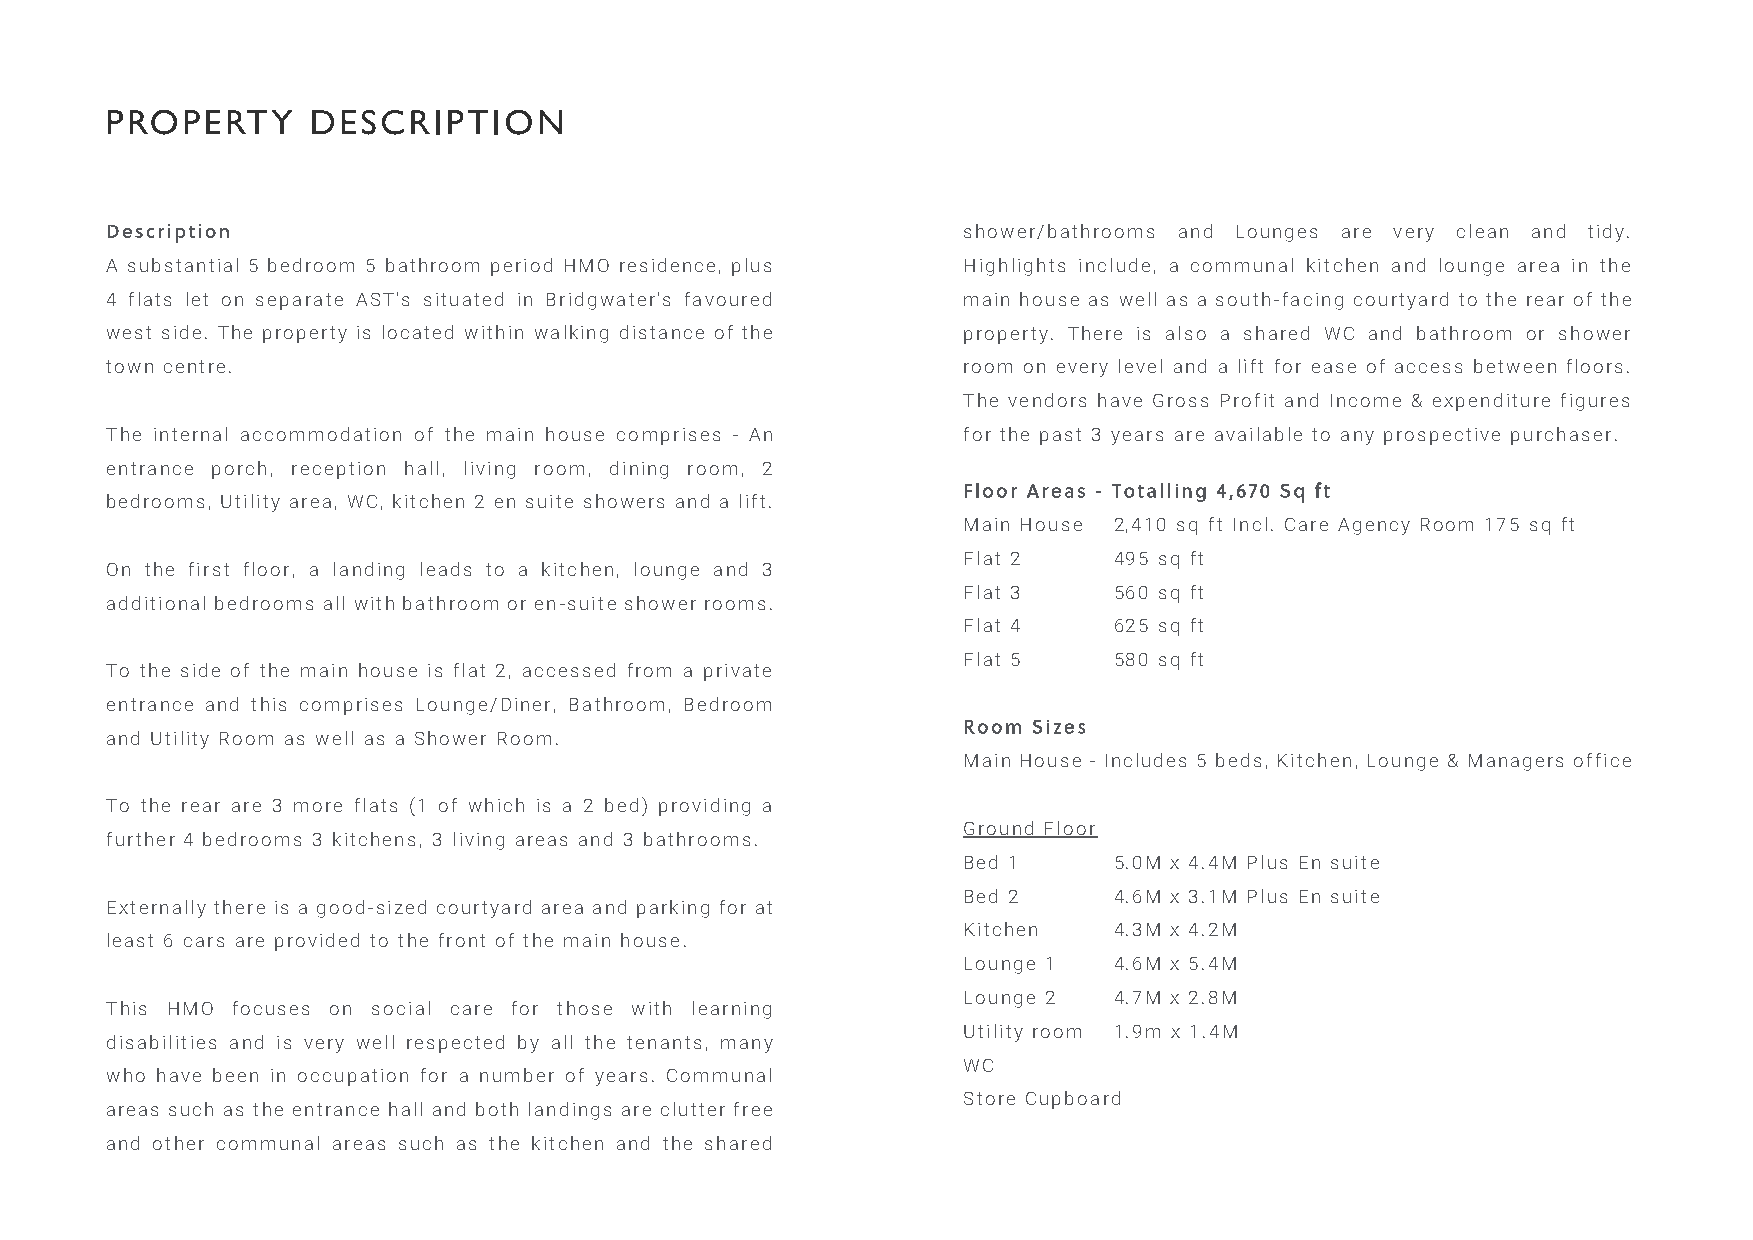
shower/bathrooms and Lounges are very clean and tidy.
 A substantial 5 bedroom 5 bathroom period HMO residence, plus Highlights include, a communal kitchen and lounge area in the
 4 flats let on separate AST's situated in Bridgwater's favoured main house as well as a south-facing courtyard to the rear of the
 west side. The property is located within walking distance of the property. There is also a shared WC and bathroom or shower
 town centre.                                             room on every level and a lift for ease of access between floors.
 The vendors have Gross Profit and Income & expenditure figures
 The internal accommodation of the main house comprises - An for the past 3 years are available to any prospective purchaser.
 entrance porch, reception hall, living room, dining room, 2
 bedrooms, Utility area, WC, kitchen 2 en suite showers and a lift.
 Main House 2,410 sq ft Incl. Care Agency Room 175 sq ft
 Flat 2    495 sq ft
 On the first floor, a landing leads to a kitchen, lounge and 3
 Flat 3    560 sq ft
 additional bedrooms all with bathroom or en-suite shower rooms.
 Flat 4    625 sq ft
 Flat 5    580 sq ft
 To the side of the main house is flat 2, accessed from a private
 entrance and this comprises Lounge/Diner, Bathroom, Bedroom
 and Utility Room as well as a Shower Room.
 Main House - Includes 5 beds, Kitchen, Lounge & Managers office
 To the rear are 3 more flats (1 of which is a 2 bed) providing a
 Ground Floor
 further 4 bedrooms 3 kitchens, 3 living areas and 3 bathrooms.
 Bed 1     5.0M x 4.4M Plus En suite
 Bed 2     4.6M x 3.1M Plus En suite
 Externally there is a good-sized courtyard area and parking for at
 Kitchen   4.3M x 4.2M
 least 6 cars are provided to the front of the main house.
 Lounge 1  4.6M x 5.4M
 Lounge 2  4.7M x 2.8M
 This HMO focuses on social care for those with learning
 Utility room 1.9m x 1.4M
 disabilities and is very well respected by all the tenants, many
 WC
 who have been in occupation for a number of years. Communal
 Store Cupboard
 areas such as the entrance hall and both landings are clutter free
 and other communal areas such as the kitchen and the shared